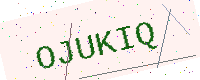
Text: OJUKIQ